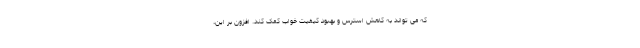
که می تواند به کاهش استرس و بهبود کیفیت خواب کمک کند. افزون بر این،